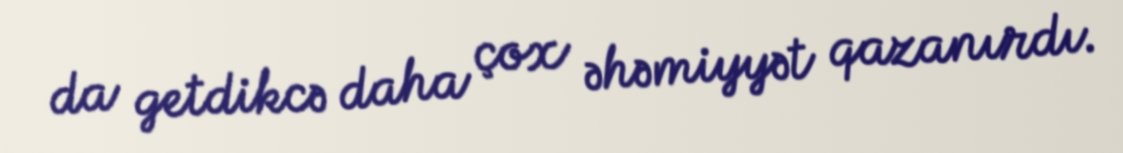
da getdikcə daha çox əhəmiyyət qazanırdı.